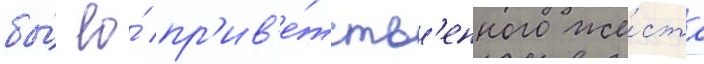
бы́ ео́ пр'ив'е́тств'енного же́ста